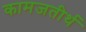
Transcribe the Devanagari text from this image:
कामजतीर्थ